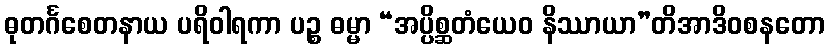
ဓုတင်္ဂစေတနာယ ပရိဝါရကာ ပဉ္စ ဓမ္မာ “အပ္ပိစ္ဆတံယေဝ နိဿာယာ”တိအာဒိဝစနတော